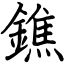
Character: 鐎